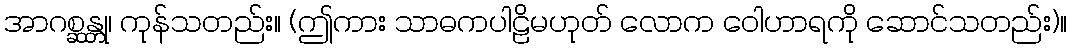
အာဂစ္ဆန္တု၊ ကုန်သတည်း။ (ဤကား သာဓကပါဠိမဟုတ် လောက ဝေါဟာရကို ဆောင်သတည်း)။